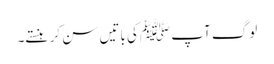
لوگ آپ ﷺکی باتیں سن کر ہنستے۔